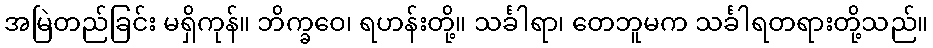
အမြဲတည်ခြင်း မရှိကုန်။ ဘိက္ခဝေ၊ ရဟန်းတို့။ သင်္ခါရာ၊ တေဘူမက သင်္ခါရတရားတို့သည်။